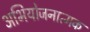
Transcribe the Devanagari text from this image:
अभियोजनात्मक